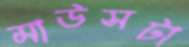
মাউসটা